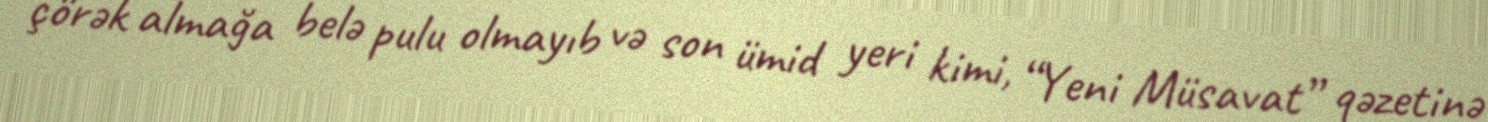
çörək almağa belə pulu olmayıb və son ümid yeri kimi, “Yeni Müsavat” qəzetinə